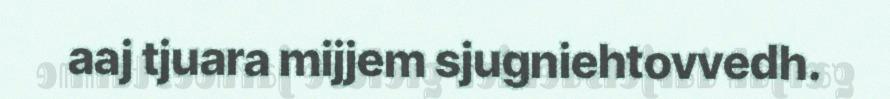
aaj tjuara mijjem sjugniehtovvedh.